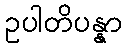
ဥပါတိပန္နာ